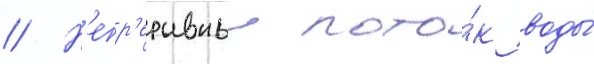
// Н'епр'ерывныи пото́к воды́